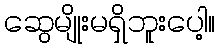
ဆွေမျိုးမရှိဘူးပေါ့။